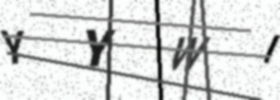
Text: YYWI